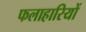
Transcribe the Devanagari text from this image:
फलाहारियों